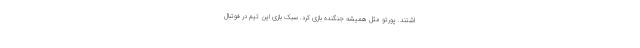
اشتند. پورتو مثل همیشه جنگنده بازی کرد. سبک بازی این تیم در فوتبال